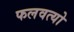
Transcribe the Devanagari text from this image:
फलवत्यो